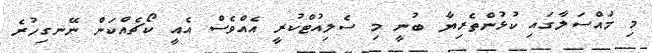
މި މައްސަލާގައި ކުޅުންތެރިޔާ ބުނީ މި ސެލިއުޓްކުރީ އެއްވެސް އެއީ ކޯޗެއްކަން ނޭނގިހުރެ